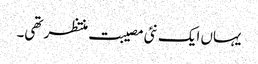
یہاں ایک نئی مصیبت منتظر تھی۔